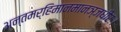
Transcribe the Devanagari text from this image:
अन्तमर्हिमानमानञ्जधीरः।